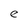
Character: e